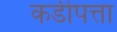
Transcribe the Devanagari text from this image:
कडीपत्ता